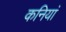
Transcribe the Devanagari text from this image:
कनियां